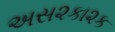
અસ૨કા૨ક